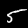
Digit: 5